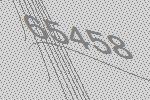
65458